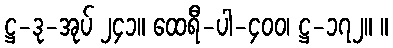
ဋ္ဌ-ဒု-အုပ် ၂၄၁။ ထေရီ-ပါ-၄၀၀၊ ဋ္ဌ-၁၇၂။ ။